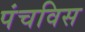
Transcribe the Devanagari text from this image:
पंचविस